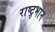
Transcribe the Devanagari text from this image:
राष्ट्र्भान